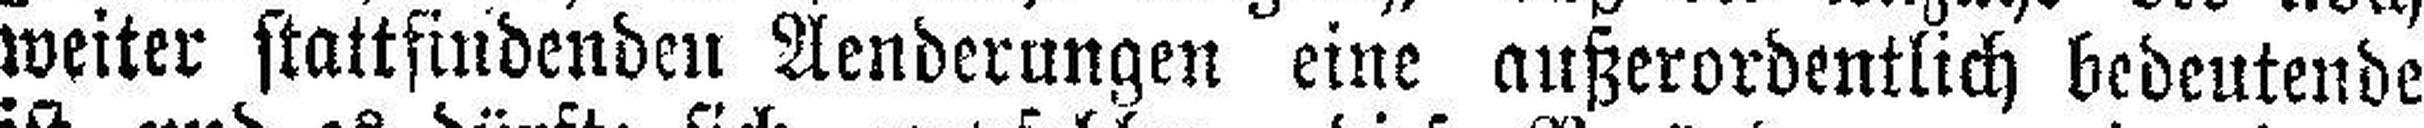
weiter stattfindenden Aenderungen eine außerordentlich bedeutende